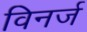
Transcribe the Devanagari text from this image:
विनर्ज